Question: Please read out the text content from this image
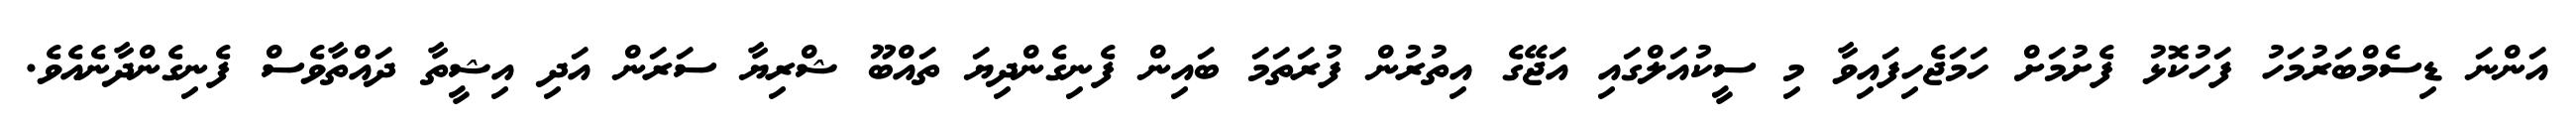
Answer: އަންނަ ޑިސެމްބަރުމަހު ފަހުކޮޅު ފެށުމަށް ހަމަޖެހިފައިވާ މި ސީކުއަލްގައި އަޖޭގެ އިތުރުން ފުރަތަމަ ބައިން ފެނިގެންދިޔަ ތައްބޫ ޝްރިޔާ ސަރަން އަދި އިޝީތާ ދައްތާވެސް ފެނިގެންދާނެއެވެ.